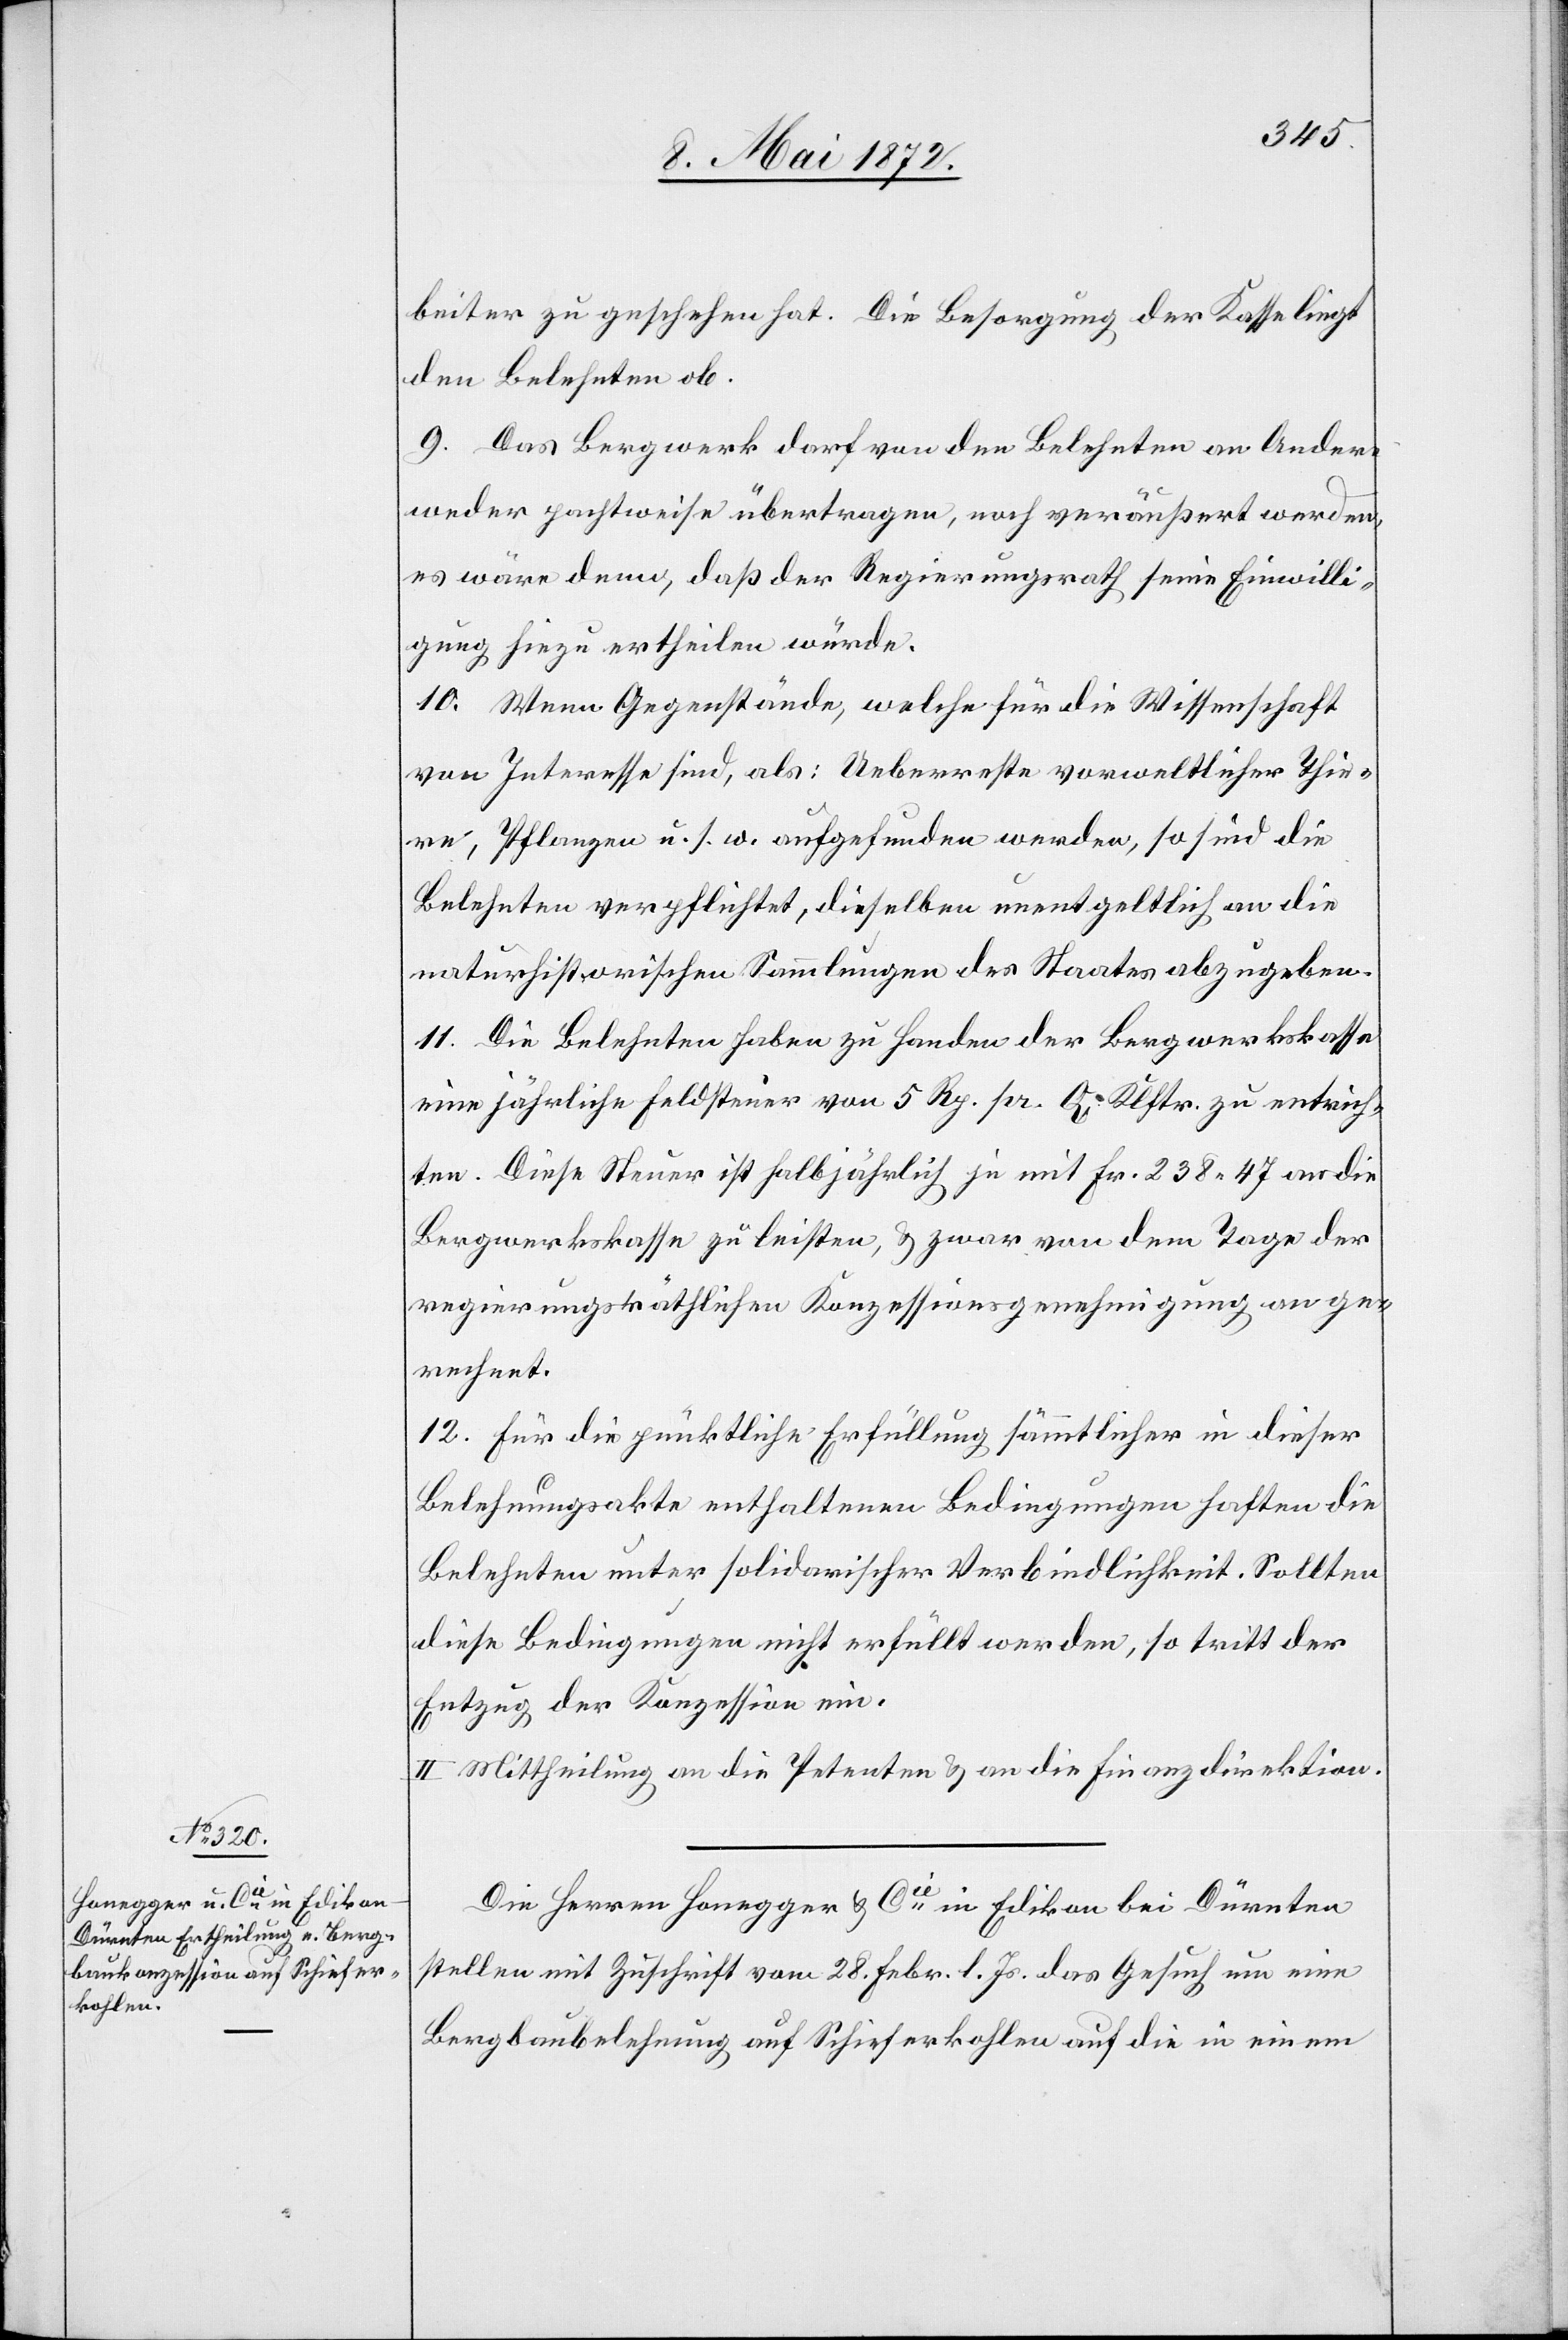
Die Herren Honegger u. Cie in Edikon bei Dürnten
stellen mit Zuschrift vom 28. Febr. l. Js. das Gesuch um eine
Bergbaubelehnung auf Schieferkohlen auf die in einem